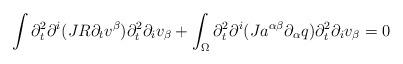
LaTeX: \begin{align*} \int \partial_{t}^2 \partial^{i}(J R \partial_{t} v^{\beta}) \partial_{t}^2 \partial_{i}v_{\beta} + \int_{\Omega} \partial_{t}^2 \partial^{i} ( J a^{\alpha\beta}\partial_{\alpha}q) \partial_{t}^2\partial_{i} v_{\beta} =0 \end{align*}